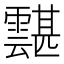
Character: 𩅾